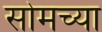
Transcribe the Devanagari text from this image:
सोमच्या